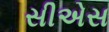
સીએસ